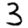
Digit: 3